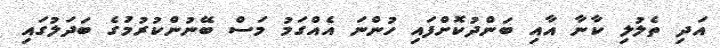
އަދި ތެލުލި ކާނާ އާއި ބަންދުކޮށްފައި ހުންނަ އެއްގަމު މަސް ބޭނުންކުރުމުގެ ބަދަލުގައި